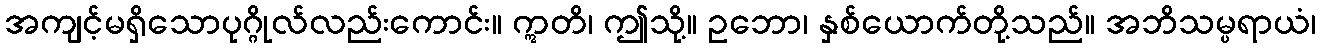
အကျင့်မရှိသောပုဂ္ဂိုလ်လည်းကောင်း။ ဣတိ၊ ဤသို့။ ဥဘော၊ နှစ်ယောက်တို့သည်။ အဘိသမ္ပရာယံ၊